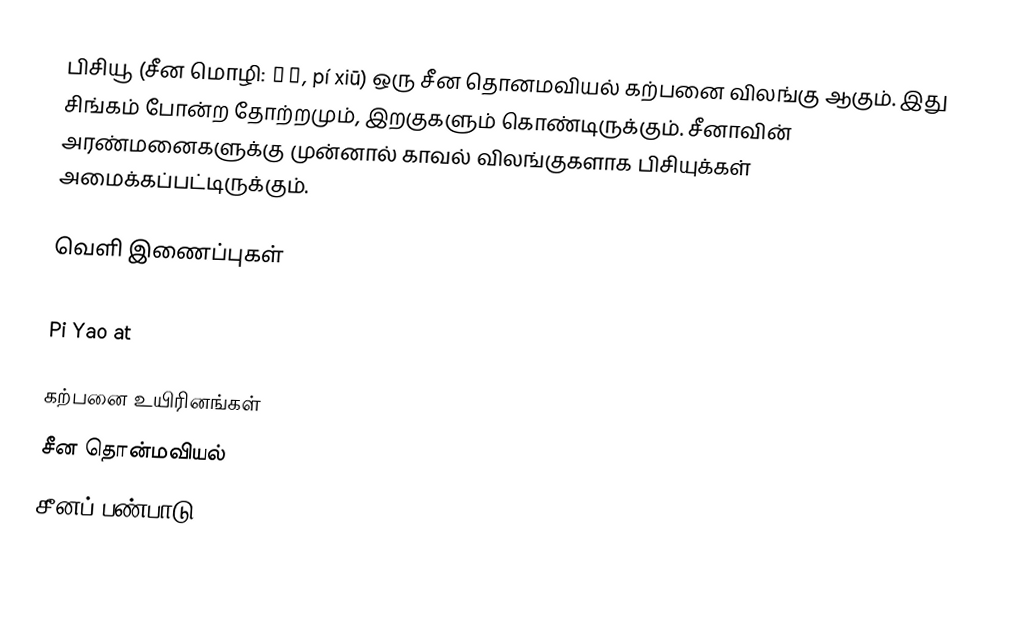
பிசியூ (சீன மொழி: 貔貅, pí xiū) ஒரு சீன தொனமவியல் கற்பனை விலங்கு ஆகும். இது சிங்கம் போன்ற தோற்றமும், இறகுகளும் கொண்டிருக்கும். சீனாவின் அரண்மனைகளுக்கு முன்னால் காவல் விலங்குகளாக பிசியுக்கள் அமைக்கப்பட்டிருக்கும்.

வெளி இணைப்புகள்
 Image of Pi Ya, the winged lion with two horns
 Pi Yao at

கற்பனை உயிரினங்கள்
சீன தொன்மவியல்
சீனப் பண்பாடு